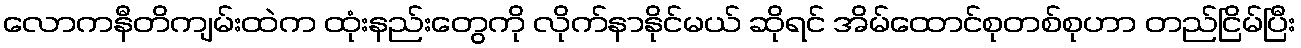
လောကနီတိကျမ်းထဲက ထုံးနည်းတွေကို လိုက်နာနိုင်မယ် ဆိုရင် အိမ်ထောင်စုတစ်စုဟာ တည်ငြိမ်ပြီး